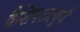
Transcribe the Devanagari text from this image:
वैशिषट्यपूर्ण